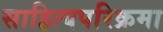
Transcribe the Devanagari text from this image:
साहित्यपरिक्रमा